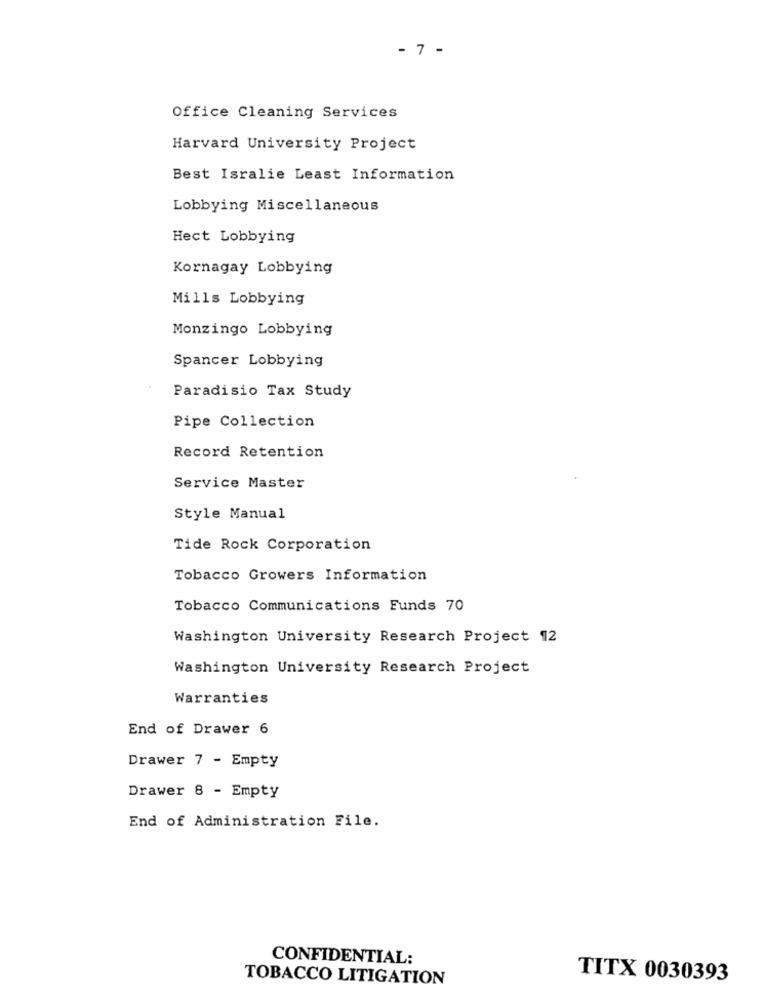
- 7 -
Office Cleaning Services
Harvard University Project
Best Isralie Least Information
Lobbying Miscellaneous
Hect Lobbying
Kornagay Lobbying
Mills Lobbying
Monzingo Lobbying
Spancer Lobbying
Paradisio Tax Study
Pipe Collection
Record Retention
Service Master
Style Manual
Tide Rock Corporation
Tobacco Growers Information
Tobacco Communications Funds 70
Washington University Research Project 12
Washington University Research Project
Warranties
End of Drawer 6
Drawer 7 - Empty
Drawer 8 - Empty
End of Administration File.
CONFIDENTIAL:
TOBACCO LITIGATION
TITX 0030393